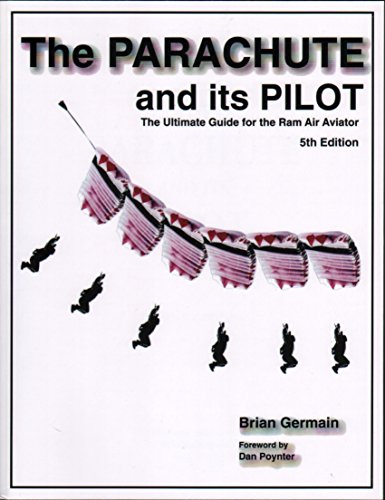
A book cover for The Parachute and Its Pilot: The Ultimate Guide for the Ram Air Aviator; Brian Stuart Germain; Sports & Outdoors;